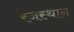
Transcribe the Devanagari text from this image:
रजस्थान